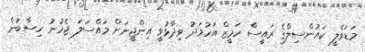
މަޑަވެލީ ކައުންސިލްގެ ރައީސް ހަމީޒް އަހުމަދު ވިދާޅުވީ އިންޖީނަށް މައްސަލަ ޖެހުނު ހިސާބުން